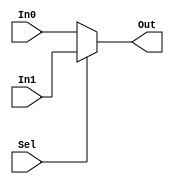
module Coco_Mux2x1(In0,In1,Sel,Out);
parameter N=1;
input[N-1:0] In0,In1;
input Sel;
output[N-1:0] Out;
assign Out=(Sel==0)?In0:In1;
endmodule

module Coco_Mux3x1(In0,In1,In2,Sel,Out);
parameter N=1;
input[N-1:0] In0,In1,In2;
input[1:0] Sel;
output[N-1:0] Out;
assign Out=(Sel==2'b00)?In0:
           (Sel==2'b01)?In1:
           (Sel==2'b10)?In2:1'd0; 
endmodule

module Coco_Mux4x1(In0,In1,In2,In3,Sel,Out);
parameter N=1;
input[N-1:0] In0,In1,In2,In3;
input[1:0] Sel;
output[N-1:0] Out;
assign Out=(Sel==2'b00)?In0:
           (Sel==2'b01)?In1:
           (Sel==2'b10)?In2:
           (Sel==2'b11)?In3:1'd0; 
endmodule

module Coco_Mux5x1(In0,In1,In2,In3,In4,Sel,Out);
parameter N=1;
input[N-1:0] In0,In1,In2,In3,In4;
input[2:0] Sel;
output[N-1:0] Out;
assign Out=(Sel==3'b000)?In0:
           (Sel==3'b001)?In1:
           (Sel==3'b010)?In2:
           (Sel==3'b011)?In3:
           (Sel==3'b100)?In4:1'd0; 
endmodule

module Coco_Mux6x1(In0,In1,In2,In3,In4,In5,Sel,Out);
parameter N=1;
input[N-1:0] In0,In1,In2,In3,In4,In5;
input[2:0] Sel;
output[N-1:0] Out;
assign Out=(Sel==3'b000)?In0:
           (Sel==3'b001)?In1:
           (Sel==3'b010)?In2:
           (Sel==3'b011)?In3:
           (Sel==3'b100)?In4:
           (Sel==3'b101)?In5:1'd0; 
endmodule

module Coco_Mux7x1(In0,In1,In2,In3,In4,In5,In6,Sel,Out);
parameter N=1;
input[N-1:0] In0,In1,In2,In3,In4,In5,In6;
input[2:0] Sel;
output[N-1:0] Out;
assign Out=(Sel==3'b000)?In0:
           (Sel==3'b001)?In1:
           (Sel==3'b010)?In2:
           (Sel==3'b011)?In3:
           (Sel==3'b100)?In4:
           (Sel==3'b101)?In5:
           (Sel==3'b110)?In6:1'd0; 
endmodule